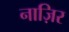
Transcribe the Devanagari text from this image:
नाज़िर